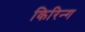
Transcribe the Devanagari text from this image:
किरिन्ग